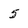
Character: 5